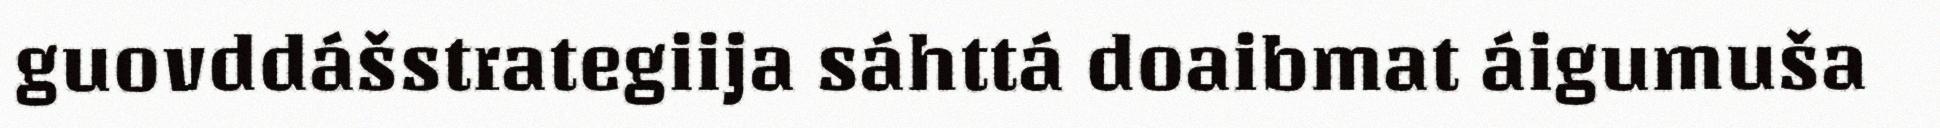
guovddášstrategiija sáhttá doaibmat áigumuša